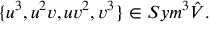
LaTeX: \{ u ^ { 3 } , u ^ { 2 } v , u v ^ { 2 } , v ^ { 3 } \} \in S y m ^ { 3 } \hat { V } .